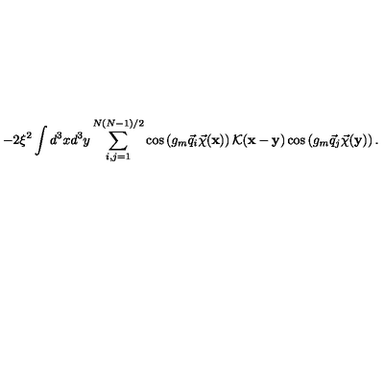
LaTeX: - 2 \xi ^ { 2 } \int d ^ { 3 } x d ^ { 3 } y \sum _ { i , j = 1 } ^ { N ( N - 1 ) / 2 } \cos \left( g _ { m } \vec { q } _ { i } \vec { \chi } ( { \bf x } ) \right) { \cal K } ( { \bf x } - { \bf y } ) \cos \left( g _ { m } \vec { q } _ { j } \vec { \chi } ( { \bf y } ) \right) .